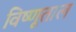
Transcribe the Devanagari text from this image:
विष्णूताल